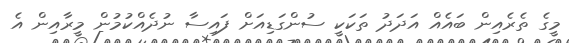
މީގެ ތެރެއިން ބައެއް އަދަދު ތަކަކީ ސުންގަޑިއަށް ފައިސާ ނުދެއްކުމުން މީރާއިން އެ